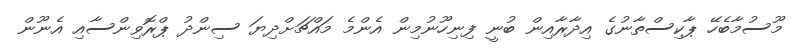
މޫސުމާބެހޭ ޕާކިސްތާނުގެ އިދާރާއިން ބުނީ ފިނިހޫނުމިން އެންމެ މައްޗަށްދިޔަ ސިންދު ޕްރޮވިންސާއި އެނޫން